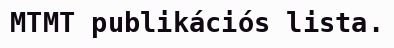
MTMT publikációs lista.